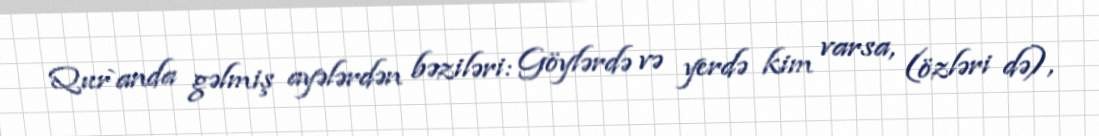
Qur`anda gəlmiş ayələrdən bəziləri: Göylərdə və yerdə kim varsa, (özləri də),